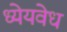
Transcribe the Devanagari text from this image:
ध्येयवेध